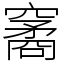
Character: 䆷